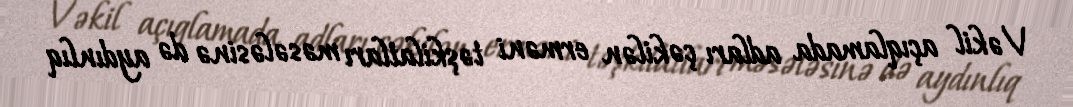
Vəkil açıqlamada adları çəkilən erməni təşkilatları məsələsinə də aydınlıq